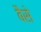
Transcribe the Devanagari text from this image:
बैसे